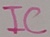
Text: IC